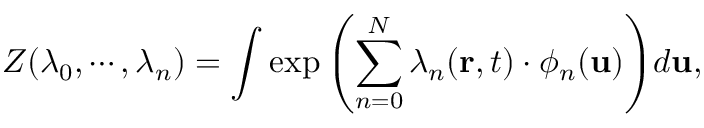
Z ( \lambda _ { 0 } , \cdots , \lambda _ { n } ) = \int \exp { \left( \sum _ { n = 0 } ^ { N } \lambda _ { n } ( \mathbf { r } , t ) \cdot \phi _ { n } ( \mathbf { u } ) \right) } d \mathbf { u } ,